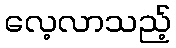
လေ့လာသည့်